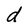
Character: d